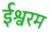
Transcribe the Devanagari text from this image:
ईश्वरम